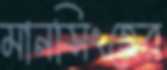
মানসিংহের